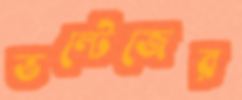
ভল্টেজের